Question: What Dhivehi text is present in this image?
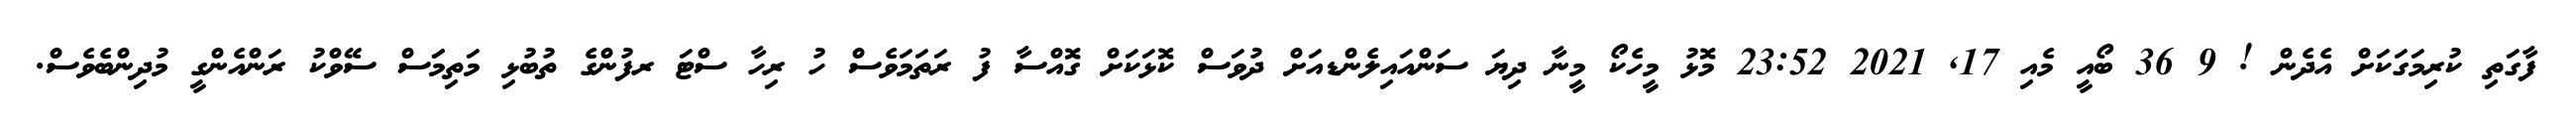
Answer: ފާގަތި ކުރިމަގަކަށް އެދެން ! 9 36 ބޯއީ މެއި 17, 2021 23:52 މޮޅު މީހެކޯ މީނާ ދިޔަ ސަންއައިލެންޑއަށް ދުވަސް ކޮޅަކަށް ގޮއްސާ ފު ރަތަމަވެސް ހު ރިހާ ސްޓަ ރފުންގެ ތުބުޅި މަތިމަަސް ސޭވްކު ރަންއެންގީ މުދިންބެވެސް.